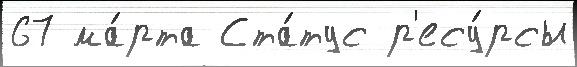
67 ма́рта Ста́тус р'есу́рсы